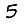
Digit: 5